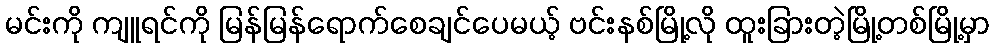
မင်းကို ကျူရင်ကို မြန်မြန်ရောက်စေချင်ပေမယ့် ဗင်းနစ်မြို့လို ထူးခြားတဲ့မြို့တစ်မြို့မှာ